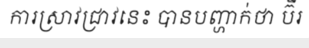
ការស្រាវជ្រាវនេះ បានបញ្ហាក់ថា ប៊ឺរ